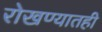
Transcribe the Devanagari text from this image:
रोखण्यातही